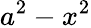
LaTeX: a^{2}-x^{2}